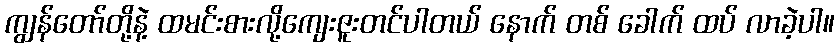
ကျွန်တော်တို့နဲ့ ထမင်းစားလို့ကျေးဇူးတင်ပါတယ် နောက် တစ် ခေါက် ထပ် လာခဲ့ပါ။